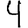
Digit: 4